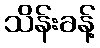
သိန်းခန့်